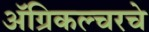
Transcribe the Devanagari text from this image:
अॅग्रिकल्चरचे